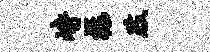
峙禄肢